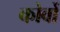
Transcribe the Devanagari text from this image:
कोर्वो